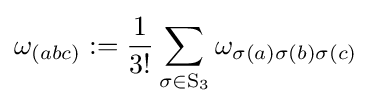
\omega _{(abc)}:={\frac {1}{3!}}\sum _{\sigma \in \mathrm {S} _{3}}\omega _{\sigma (a)\sigma (b)\sigma (c)}